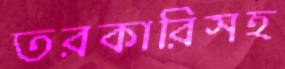
তরকারিসহ